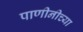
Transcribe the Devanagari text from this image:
पाणीनीच्या